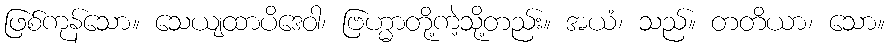
ဖြစ်ကုန်သော။ သေယျထာပိဒေဝါ၊ ဗြဟ္မာတို့ကဲ့သို့တည်း။ အယံ၊ သည်။ တတိယာ၊ သော။